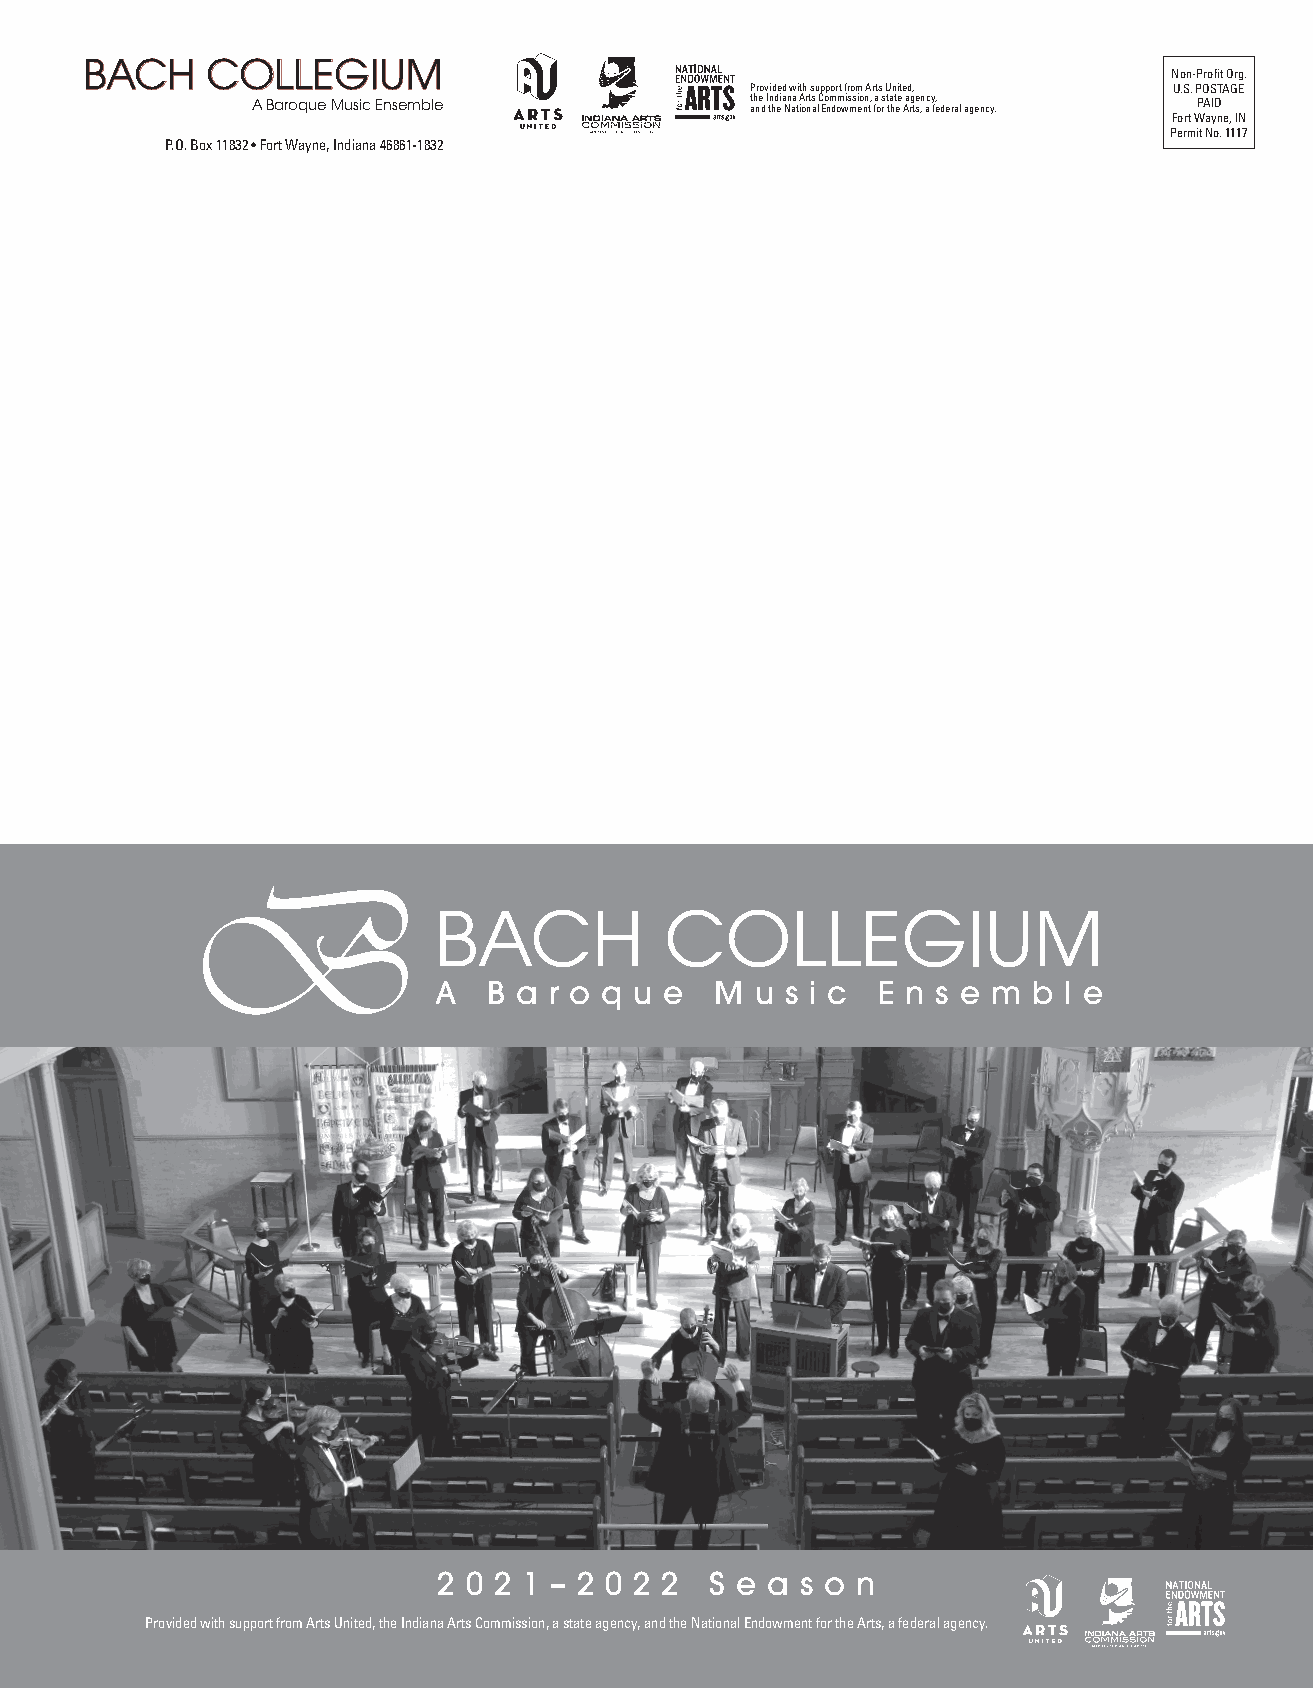
BBAACCHH CCOOLLLLEEGGIIUUMM
 Non-Profit Org.
 Provided with support from Arts United, U.S. POSTAGE
 A Baroque Music Ensemble         t ah ne d I tn hd eia Nn aa t iA or nt as lC Eo nm dom wis msi eo nn t, fa o rs t ta ht ee Aa rg te s,n ac y fe, deral agency. PAID
 Fort Wayne, IN
 Permit No. 1117
 P.O. Box 11832 • Fort Wayne, Indiana 46861-1832
 BACH           COLLEGIUM
 A  B a r o q u e  M  u s i c E n s e m b l e
 2 0 2 1 – 2 0 2 2 S e a s o n
 Provided with support from Arts United, the Indiana Arts Commission, a state agency, and the National Endowment for the Arts, a federal agency.